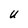
Character: u